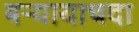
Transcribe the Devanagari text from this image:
बऱ्यायाचदा